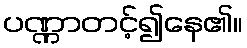
ပဏ္ဏာတင့်၍နေ၏။